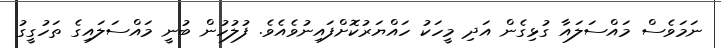
ނަމަވެސް މައްސަލައާ ގުޅިގެން އަދި މީހަކު ހައްޔަރުކޮށްފައިނުވެއެވެ. ފުލުހުން ބުނީ މައްސަލައިގެ ތަހުގީގު